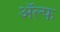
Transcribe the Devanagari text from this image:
अॅल्फ